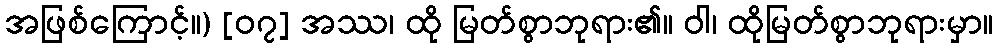
အဖြစ်ကြောင့်။) [၀၇] အဿ၊ ထို မြတ်စွာဘုရား၏။ ဝါ၊ ထိုမြတ်စွာဘုရားမှာ။